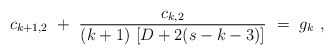
\begin{align*}c_{k+1,2} \ + \ \frac{c_{k,2}}{(k+1) \, \left[ D+ 2(s-k-3)\right]} \ = \ g_k\ ,\end{align*}